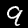
Label: 9